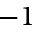
- 1